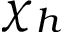
\chi _ { h }